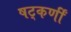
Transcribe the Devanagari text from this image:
षट्‌कर्णीं